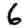
Digit: 6